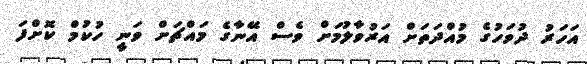
އަހަރު ދުވަހުގެ މުއްދަތަށް އަރުވާލުމަށް ވެސް އޭނާގެ މައްޗަށް ވަނީ ހުކުމް ކޮށްފަ